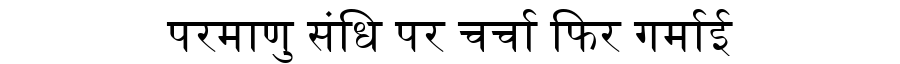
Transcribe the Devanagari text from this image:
परमाणु संधि पर चर्चा फिर गर्माई